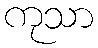
ကုသာ